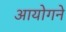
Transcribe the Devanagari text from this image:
आयोगने